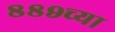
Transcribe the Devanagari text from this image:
८८९च्या